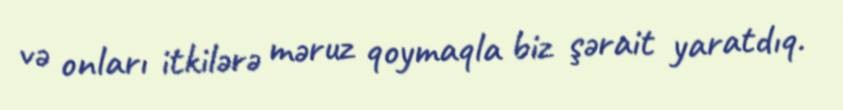
və onları itkilərə məruz qoymaqla biz şərait yaratdıq.